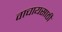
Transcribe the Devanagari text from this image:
वाचायसाठी